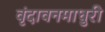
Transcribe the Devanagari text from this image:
वृंदावनमाधुरी